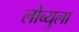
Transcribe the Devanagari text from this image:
लोब्युला